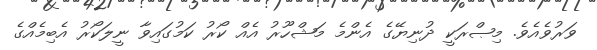
ވަރުވެއެވެ. މިޞްރަކީ ދުނިޔޭގެ އެންމެ މަޝްހޫރު އެއް ކޯރު ކަމުގައިވާ ނީލަކޯރު އެބިމެއްގެ